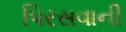
પિરસવાની